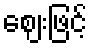
ဈေးဖြင့်